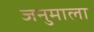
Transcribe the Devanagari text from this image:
जनुमाला